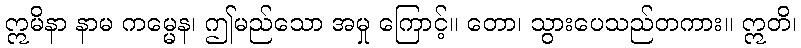
ဣမိနာ နာမ ကမ္မေန၊ ဤမည်သော အမှု ကြောင့်။ တော၊ သွားပေသည်တကား။ ဣတိ၊